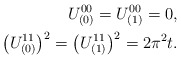
\begin{align*}U_{(0)}^{00} = U_{(1)}^{00} = 0,\\\left( U_{(0)}^{11}\right) ^2 = \left( U_{(1)}^{11}\right) ^2 = 2 \pi^2 t.\end{align*}